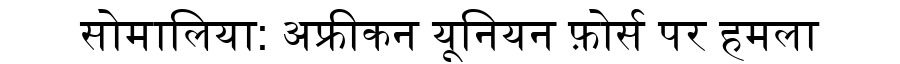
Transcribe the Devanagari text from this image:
सोमालिया: अफ्रीकन यूनियन फ़ोर्स पर हमला